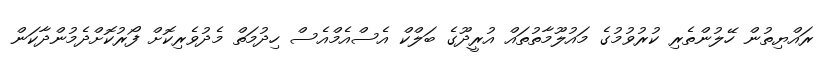
ރައްޔިތުން ހޭލުންތެރި ކުރުވުމުގެ މައުލޫމާތުތައް އުރީދޫގެ ބަލްކް އެސްއެމްއެސް ހިދުމަތް މެދުވެރިކޮށް ފޯރުކޮށްދެމުންދާކަން